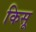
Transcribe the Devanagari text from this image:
किसू